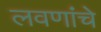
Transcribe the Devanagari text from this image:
लवणांचे